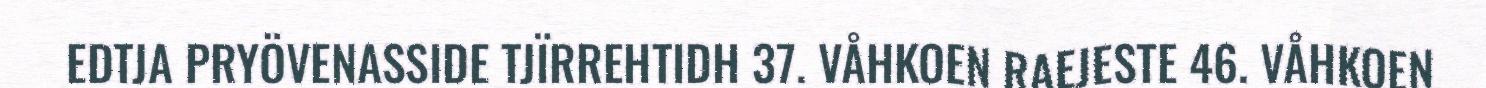
EDTJA PRYÖVENASSIDE TJÏRREHTIDH 37. VÅHKOEN RAEJESTE 46. VÅHKOEN